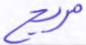
مريج